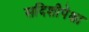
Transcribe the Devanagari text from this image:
सदिशीपेक्षा